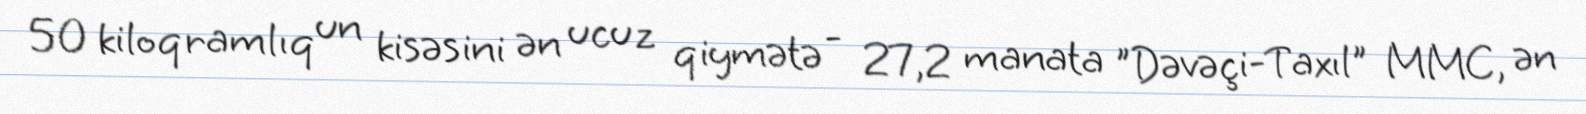
50 kiloqramlıq un kisəsini ən ucuz qiymətə - 27,2 manata "Dəvəçi-Taxıl" MMC, ən